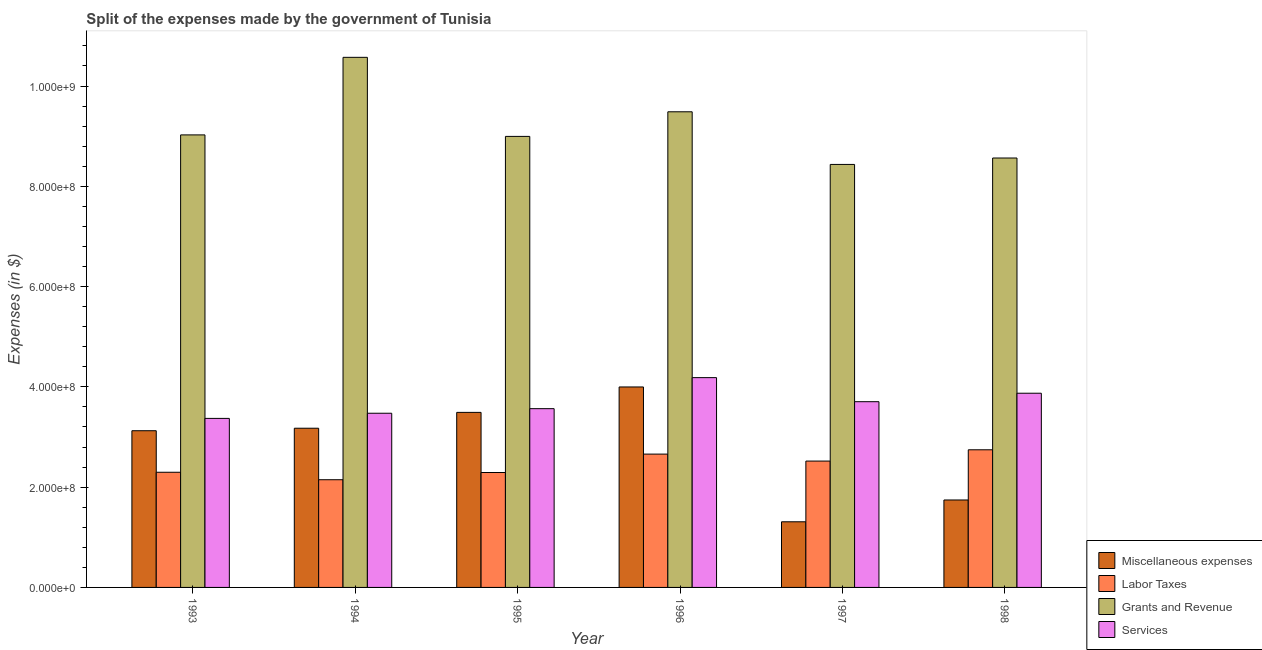
| Year | Miscellaneous expenses | Labor Taxes | Grants and Revenue | Services |
 | --- | --- | --- | --- | --- |
 | 1993 | 3.12e+08 | 2.3e+08 | 9.02e+08 | 3.37e+08 |
 | 1994 | 3.18e+08 | 2.15e+08 | 1.06e+09 | 3.47e+08 |
 | 1995 | 3.49e+08 | 2.29e+08 | 9e+08 | 3.56e+08 |
 | 1996 | 4e+08 | 2.66e+08 | 9.49e+08 | 4.18e+08 |
 | 1997 | 1.31e+08 | 2.52e+08 | 8.44e+08 | 3.7e+08 |
 | 1998 | 1.74e+08 | 2.74e+08 | 8.56e+08 | 3.87e+08 |